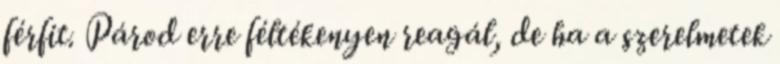
férfit. Párod erre féltékenyen reagál, de ha a szerelmetek